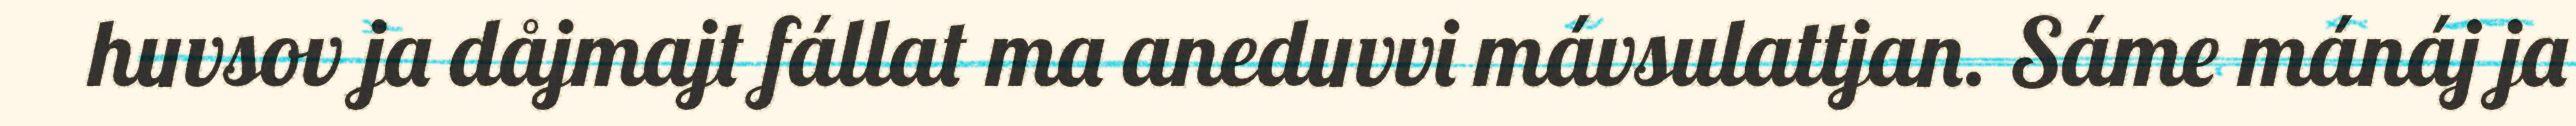
huvsov ja dåjmajt fállat ma aneduvvi mávsulattjan. Sáme mánáj ja